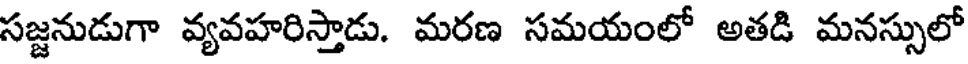
సజ్జనుడుగా వ్యవహరిస్తాడు. మరణ సమయంలో అతడి మనస్సులో